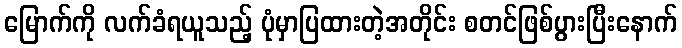
မြောက်ကို လက်ခံရယူသည့် ပုံမှာပြထားတဲ့အတိုင်း စတင်ဖြစ်ပွားပြီးနောက်